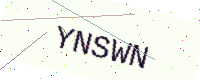
Text: YNSWN